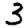
Digit: 3